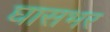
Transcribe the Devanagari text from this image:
घासभर